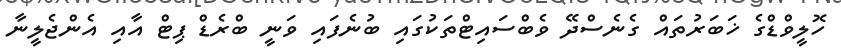
ހޮލީވްޑްގެ ޚަބަރުތައް ގެނެސްދޭ ވެބްސައިޓްތަކުގައި ބުނެފައި ވަނީ ބްރެޑް ޕިޓް އާއި އެންޖެލީނާ